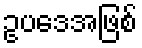
ဥပဒေအဖြစ်